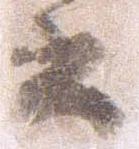
書